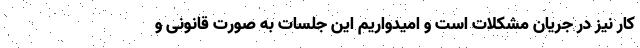
کار نیز در جریان مشکلات است و امیدواریم این جلسات به صورت قانونی و